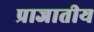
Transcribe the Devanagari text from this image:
प्राजातीय